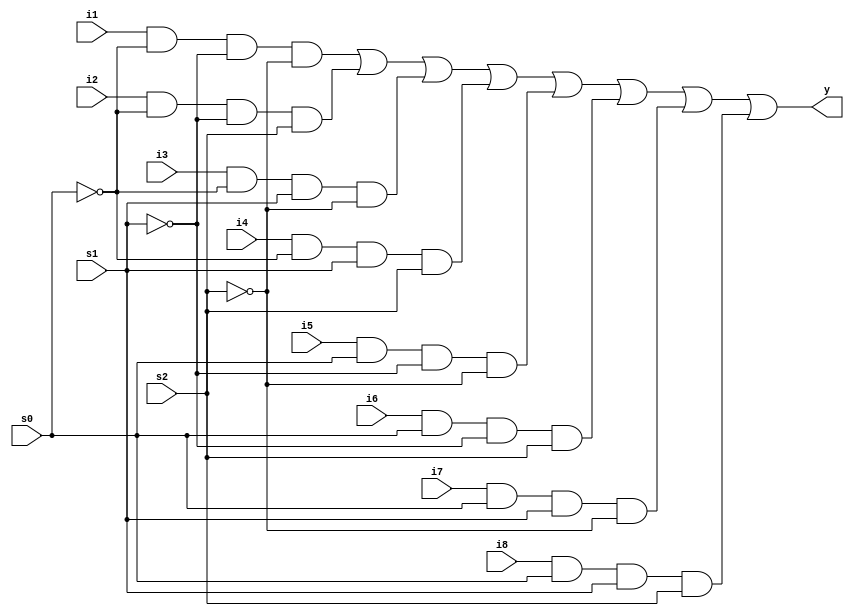
module mux8by1
  (input s0,s1,s2,i1,i2,i3,i4,i5,i6,i7,i8,
   output y);
  wire s0bar,s1bar,s2bar,w1,w2,w3,w4,w5,w6,w7,w8;
  not(s0bar,s0);
  not(s1bar,s1);
  not(s2bar,s2);
  and(w1,i1,s0bar,s1bar,s2bar);
  and(w2,i2,s0bar,s1bar,s2);
  and(w3,i3,s0bar,s1,s2bar);
  and(w4,i4,s0bar,s1,s2);
  and(w5,i5,s0,s1bar,s2bar);
  and(w6,i6,s0,s1bar,s2);
  and(w7,i7,s0,s1,s2bar);
  and(w8,i8,s0,s1,s2);
  or(y,w1,w2,w3,w4,w5,w6,w7,w8);
endmodule